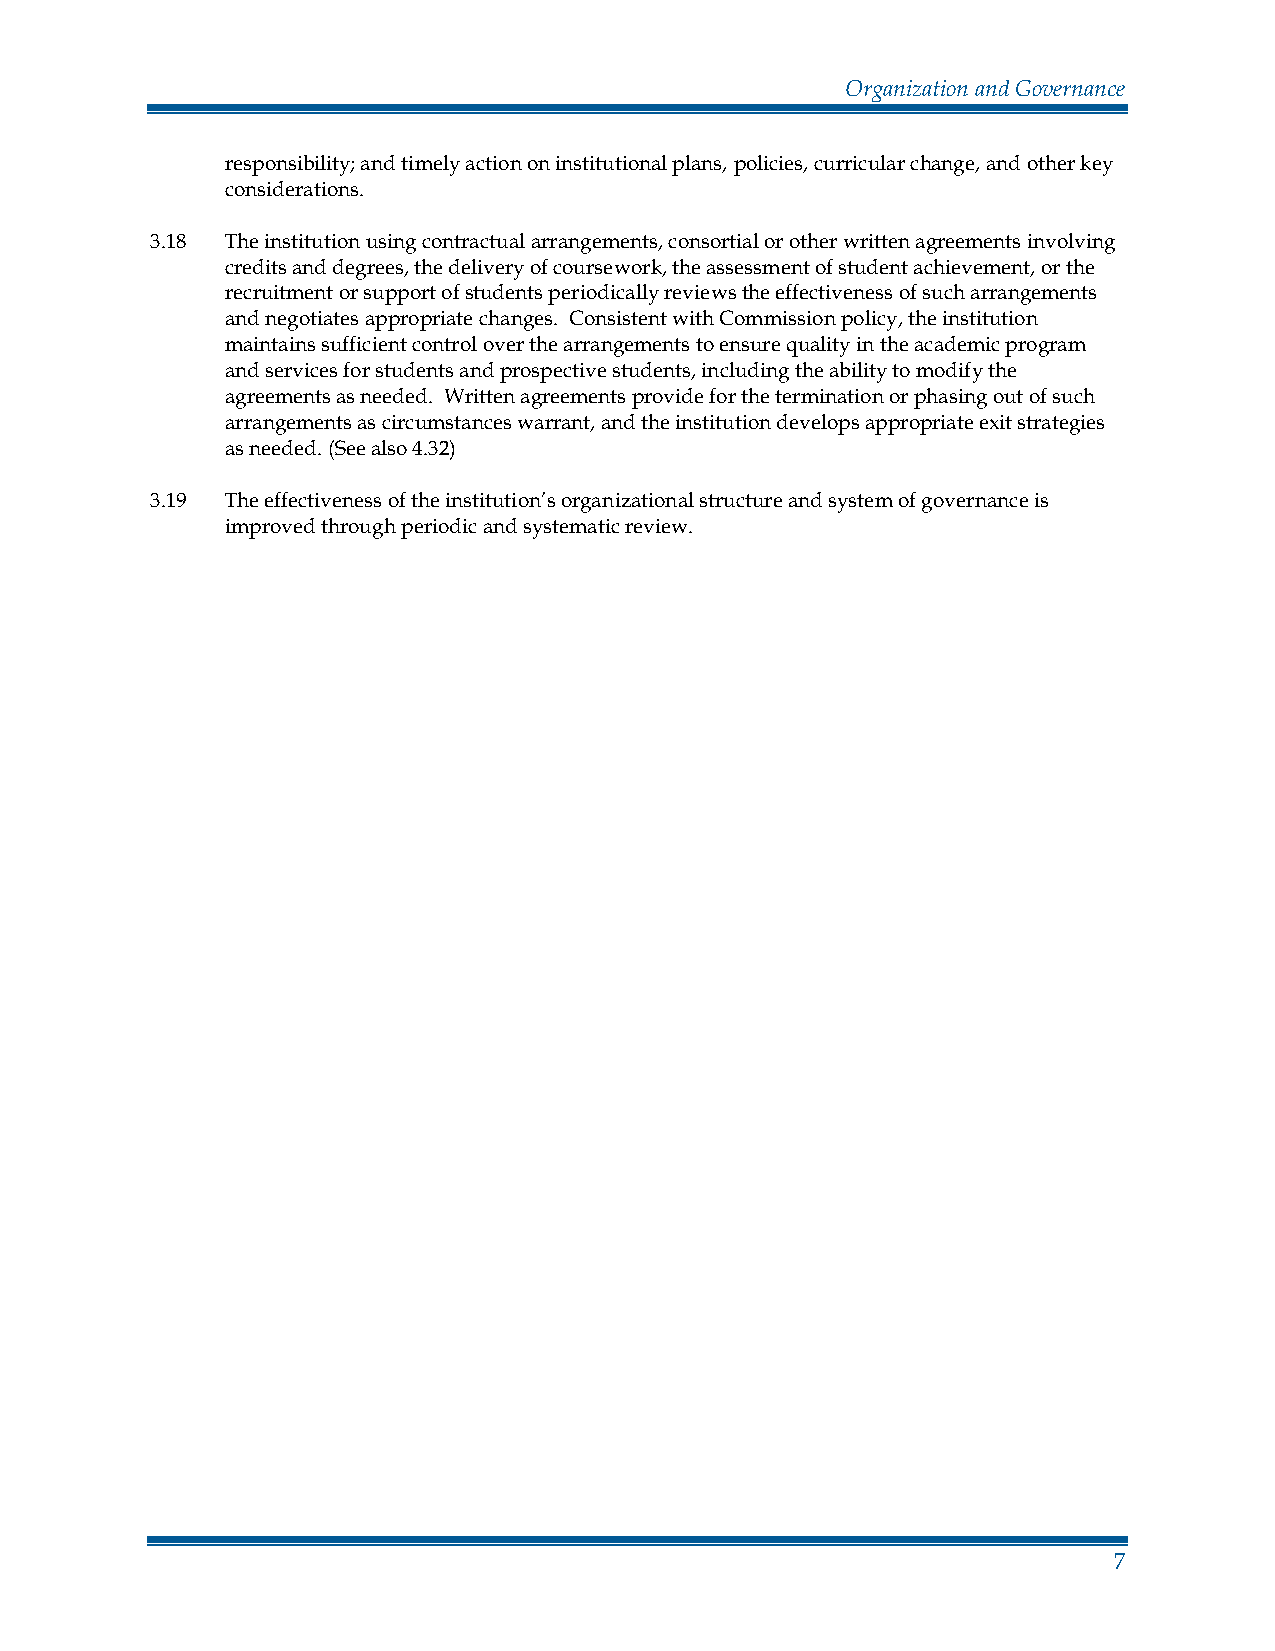
Organization and Governance
 responsibility; and timely action on institutional plans, policies, curricular change, and other key
 considerations.
 3.18 The institution using contractual arrangements, consortial or other written agreements involving
 credits and degrees, the delivery of coursework, the assessment of student achievement, or the
 recruitment or support of students periodically reviews the effectiveness of such arrangements
 and negotiates appropriate changes. Consistent with Commission policy, the institution
 maintains sufficient control over the arrangements to ensure quality in the academic program
 and services for students and prospective students, including the ability to modify the
 agreements as needed. Written agreements provide for the termination or phasing out of such
 arrangements as circumstances warrant, and the institution develops appropriate exit strategies
 as needed. (See also 4.32)
 3.19 The effectiveness of the institution’s organizational structure and system of governance is
 improved through periodic and systematic review.
 7